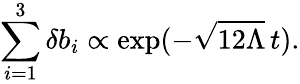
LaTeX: \sum_{i=1}^{3}\delta b_{i}\propto\exp(-\sqrt{12\Lambda}\, t).